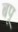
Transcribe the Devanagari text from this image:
बपू